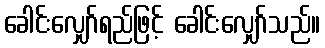
ခေါင်းလျှော်ရည်ဖြင့် ခေါင်းလျှော်သည်။